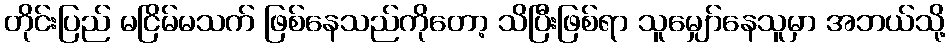
တိုင်းပြည် မငြိမ်မသက် ဖြစ်နေသည်ကိုတော့ သိပြီးဖြစ်ရာ သူမျှော်နေသူမှာ အဘယ်သို့